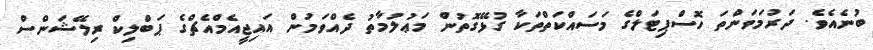
ބުނެއެވެ. ދަރުމަވަންތަ ހޮސްޕިޓަލްގެ މަސައްކަތްތަކާ ގުޅޭގޮތުން މަޢުލުމާތުު ދެއްވަމުން އައިޖީއެމްއެޗްގެ ޕަބްލިކް ރިލޭޝަންސް